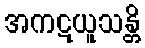
အကဋယူသန္တိ